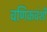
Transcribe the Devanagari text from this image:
वणिकवंशी